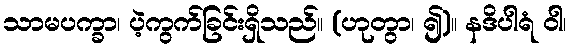
သာမပက္ခာ၊ ပဲ့ကွက်ခြင်းရှိသည်။ (ဟုတွာ၊ ၍)။ နဒိပါရံ ဝါ၊